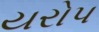
યરોપ